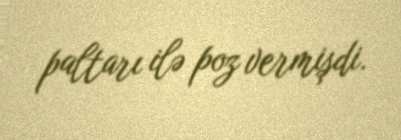
paltarı ilə poz vermişdi.